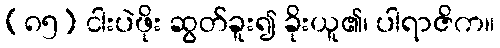
(၈၅) ငါးပဲဖိုး ဆွတ်ခူး၍ ခိုးယူ၏၊ ပါရာဇိက။